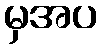
မှအပ